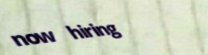
now hiring